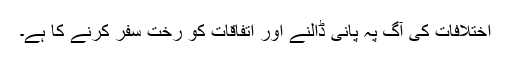
اختلافات کی آگ پہ پانی ڈالنے اور اتفاقات کو رختِ سفر کرنے کا ہے۔